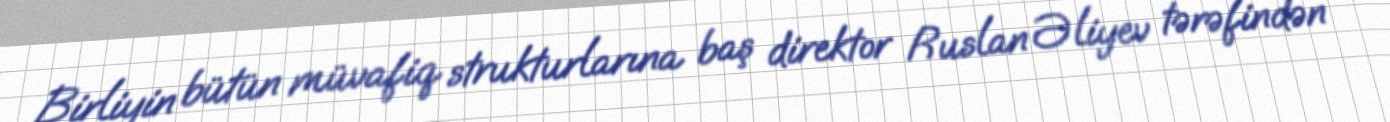
Birliyin bütün müvafiq strukturlarına baş direktor Ruslan Əliyev tərəfindən